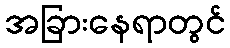
အခြားနေရာတွင်